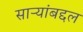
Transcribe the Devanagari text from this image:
साऱ्यांबद्दल